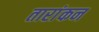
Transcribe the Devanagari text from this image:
तारांकन